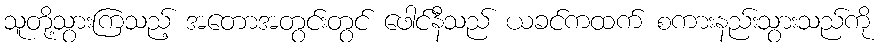
သူတို့သွားကြသည့် အတောအတွင်းတွင် ဖေါင်နီသည် ယခင်ကထက် စကားနည်းသွားသည်ကို